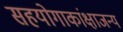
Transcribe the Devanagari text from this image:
सहयोगाकांक्षाजन्य